Lunatic asylums Central Provinces reports 1895-1909 - 1895-1909
Year: 1895
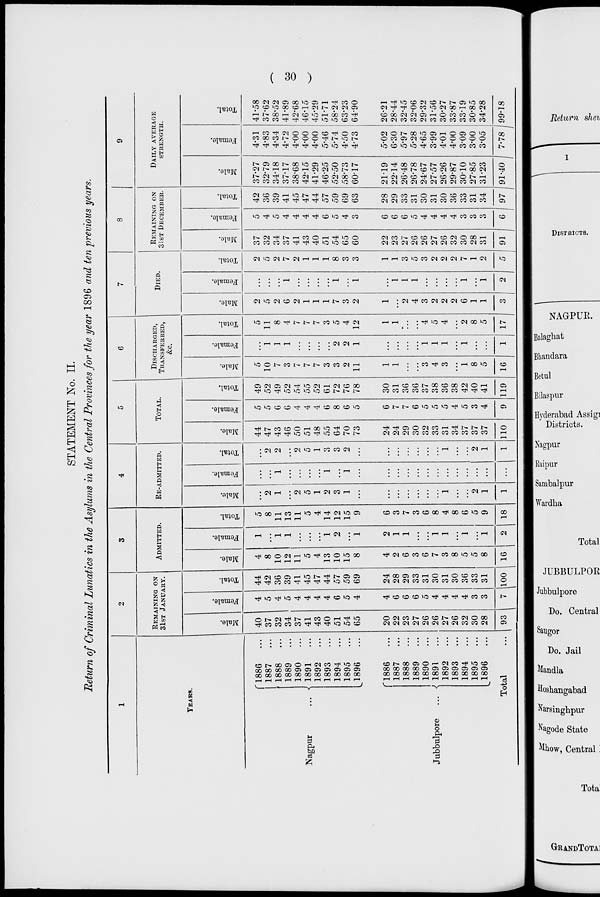
( 30 )
STATEMENT No. II.
Return of Criminal Lunatics in the Asylums in the Central Provinces for the year 1896 and ten previous years.
1
YEARS.
Nagpur
...
Jubbulpore
...
1886
...
1887 ...
1888
...
1889 ...
1890
...
1891 ...
1892
...
1893
...
1894
...
1895
...
1896
...
1886
...
1887 ...
1888 ...
1889 ...
1890
...
1891 ...
1892
...
1893
...
1894
...
1895
...
1896 ...
Total ...
2
REMAINING ON
31ST JANUARY.
Male.
40
37
32
34
37
41
43
40
51
54
65
20
22
23
27
26
26
27
26
32
30
28
93
Female.
4
5
4
5
4
4
4
4
6
5
4
4
6
6
6
5
4
4
4
4
3
3
7
Total.
44
42
36
39
41
45
47
44
57
59
69
24
28
29
33
31
30
31
30
36
33
31
100
3
ADMITTED.
Male.
4
8
10
12
11
5
4
13
10
15
8
4
2
6
3
6
7
3
8
5
5
8
16
Female.
1
...
1
1
...
...
...
1
2
...
1
2
1
1
...
...
1
1
...
1
...
1
2
Total.
5
8
11
13
11
5
4
14
12
15
9
6
3
7
3
6
8
4
8
6
5
9
18
4
RE-ADMITTED.
Male.
...
2
1
...
2
5
1
2
3
1
...
...
...
...
...
...
...
1
...
...
2
1
1
Female.
...
...
1
...
...
...
...
1
...
1
...
...
...
...
...
...
...
...
...
...
...
...
...
Total.
...
2
2
...
2
5
1
3
3
2
...
...
...
...
...
...
...
1
...
...
2
1
1
5
TOTAL.
Male.
44
47
43
46
50
51
48
55
64
70
73
24
24
29
30
32
33
31
34
37
37
37
110
Female.
5
5
6
6
4
4
4
6
8
6
5
6
7
7
6
5
5
5
4
5
3
4
9
Total.
49
52
49
52
54
55
52
61
72
76
78
30
31
36
36
37
38
36
38
42
40
41
119
6
DISCHARGED,
TRANSFERRED,
&c.
Male.
5
10
7
3
7
7
7
3
3
2
11
1
1
...
...
3
4
3
...
1
8
5
16
Female.
...
1
1
1
...
...
...
...
2
2
1
...
...
...
...
1
1
1
...
1
...
...
1
Total.
5
11
8
4
7
7
7
3
5
4
12
1
1
...
...
4
5
4
2
8
5
17
7
DIED.
Male.
2
5
2
6
2
1
1
1
7
3
2
1
...
2
4
3
2
2
2
6
1
1
3
Female.
...
...
...
1
...
...
...
...
1
...
1
...
1
1
1
...
...
...
...
1
...
1
2
Total.
2
5
2
7
2
1
1
1
8
3
3
1
1
3
5
3
2
2
2
7
1
2
5
8
REMAINING ON
31ST DECEMBER.
Male.
37
32
34
37
41
43
40
51
54
65
60
22
23
27
26
26
27
26
32
30
28
31
91
Female.
5
4
5
4
4
4
4
6
5
4
3
6
6
6
5
4
4
4
4
3
3
3
6
Total.
42
36
39
41
45
47
44
57
59
69
63
28
29
33
31
30
31
30
36
33
31
34
97
9
DAILY AVERAGE
STRENGTH.
Male.
37.27
32.79
34.18
37.17
38.68
42.15
41.29
46.25
52.50
58.73
60.17
21.19
22.14
26.48
26.78
24.67
27.57
26.26
29.87
30.10
27.85
31.23
91.40
Female.
4.31
4.83
4.34
4.72
4.00
4.00
4.00
5.46
5.74
4.50
4.73
5.02
6.30
5.97
5.28
4.65
3.99
4.01
4.00
3.09
3.00
3.05
7.78
Total.
41.58
37.62
38.52
41.89
42.68
46.15
45.29
51.71
58.24
63.23
64.90
26.21
28.44
32.45
32.06
29.32
31.56
30.27
33.87
33.19
30.85
34.28
99.18